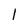
Character: 1